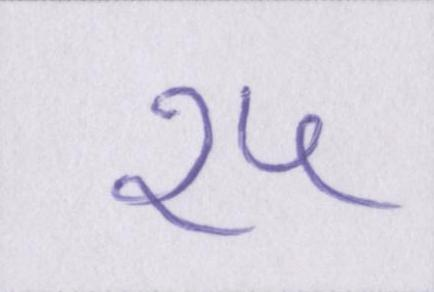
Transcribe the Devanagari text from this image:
१५